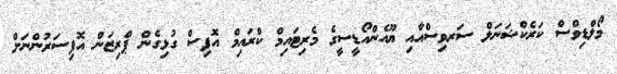
މޯލްޑިވްސް ކަރެކްޝަނަލް ސަރވިސްއާއި ޔޫއެންއޯޑީސީގެ މެރިޓައިމް ކްރައިމް އޮފިސް ގުޅިގެން ޕްރިޒަން އޮފިސަރުންނަށް